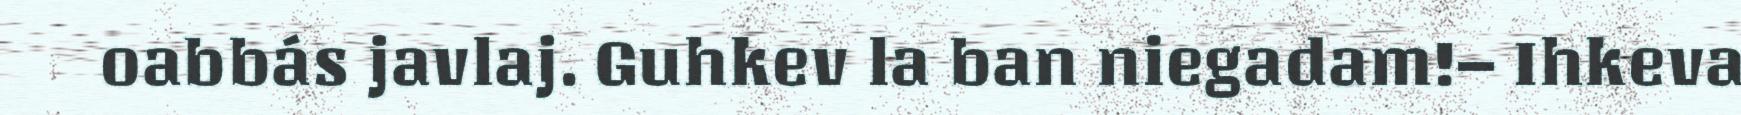
oabbás javlaj. Guhkev la ban niegadam!– Ihkeva